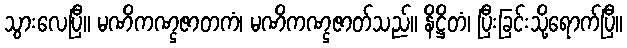
သွားလေပြီ။ မဏိကဏ္ဌဇာတကံ၊ မဏိကဏ္ဌဇာတ်သည်။ နိဋ္ဌိတံ၊ ပြီးခြင်းသို့ရောက်ပြီ။